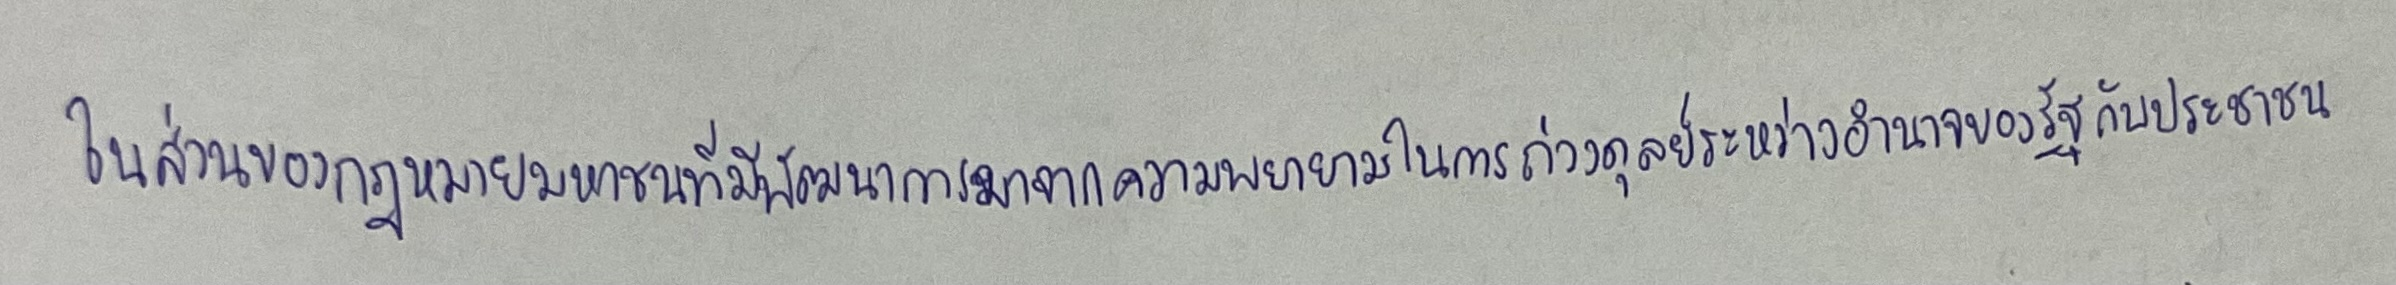
ในส่วนของกฎหมายมหาชนที่มีพัฒนาการมาจากความพยายามในการถ่วงดุลย์ระหว่างอำนาจของรัฐกับประชาชน